Plague in India, 1896, 1897 - Volume 3
Year: 1896
Disease focus: Plague
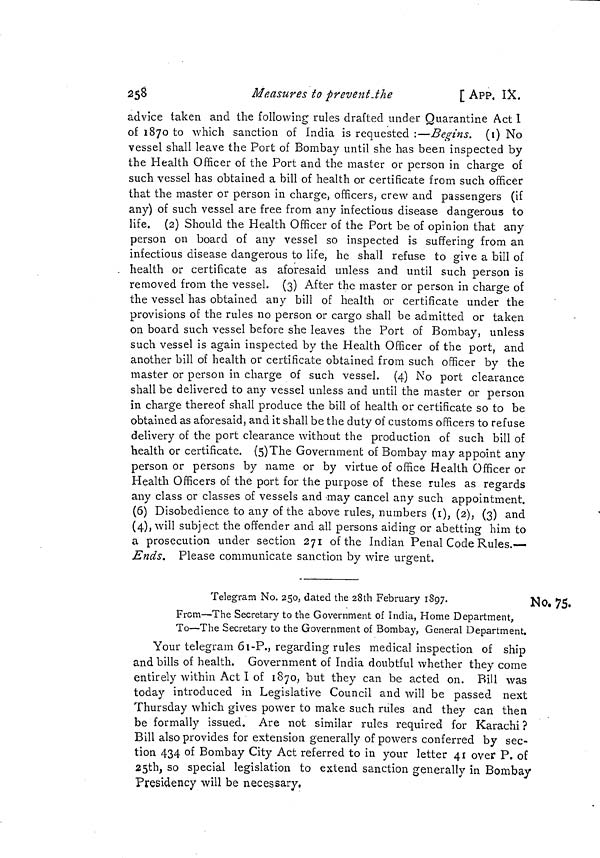
258
Measures to prevent.the
[ APP. IX.
advice taken and the following rules drafted under Quarantine Act 1
of 1870 to which sanction of India is requested :—Begins, (1) No
vessel shall leave the Port of Bombay until she has been inspected by
the Health Officer of the Port and the master or person in charge of
such vessel has obtained a bill of health or certificate from such officer
that the master or person in charge, officers, crew and passengers (if
any) of such vessel are free from any infectious disease dangerous to
life. (2) Should the Health Officer of the Port be of opinion that any
person on board of any vessel so inspected is suffering from an
infectious disease dangerous to life, he shall refuse to give a bill of
. health or certificate as aforesaid unless and until such person is
removed from the vessel. (3) After the master or person in charge of
the vessel has obtained any bill of health or certificate under the
provisions of the rules no person or cargo shall be admitted or taken
on board such vessel before she leaves the Port of Bombay, unless
such vessel is again inspected by the Health Officer of the port, and
another bill of health or certificate obtained from such officer by the
master or person in charge of such vessel. (4) No port clearance
shall be delivered to any vessel unless and until the master or person
in charge thereof shall produce the bill of health or certificate so to be
obtained as aforesaid, and it shall be the duty of customs officers to refuse
delivery of the port clearance without the production of such bill of
health or certificate. (5)The Government of Bombay may appoint any
person or persons by name or by virtue of office Health Officer or
Health Officers of the port for the purpose of these rules as regards
any class or classes of vessels and may cancel any such appointment.
(6) Disobedience to any of the above rules, numbers (1), (2), (3) and
(4), will subject the offender and all persons aiding or abetting him to
a prosecution under section 271 of the Indian Penal Code Rules.—
Ends. Please communicate sanction by wire urgent.
No. 75.
Telegram No. 250, dated the 28th February 1897.
From—The Secretary to the Government of India, Home Department,
To—The Secretary to the Government of Bombay, General Department.
Your telegram 61-P., regarding rules medical inspection of ship
and bills of health. Government of India doubtful whether they come
entirely within Act I of 1870, but they can be acted on. Bill was
today introduced in Legislative Council and will be passed next
Thursday which gives power to make such rules and they can then
be formally issued. Are not similar rules required for Karachi ?
Bill also provides for extension generally of powers conferred by sec-
tion 434 of Bombay City Act referred to in your letter 41 over P. of
25th, so special legislation to extend sanction generally in Bombay
Presidency will be necessary.